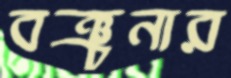
বঞ্চনার